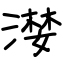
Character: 漤